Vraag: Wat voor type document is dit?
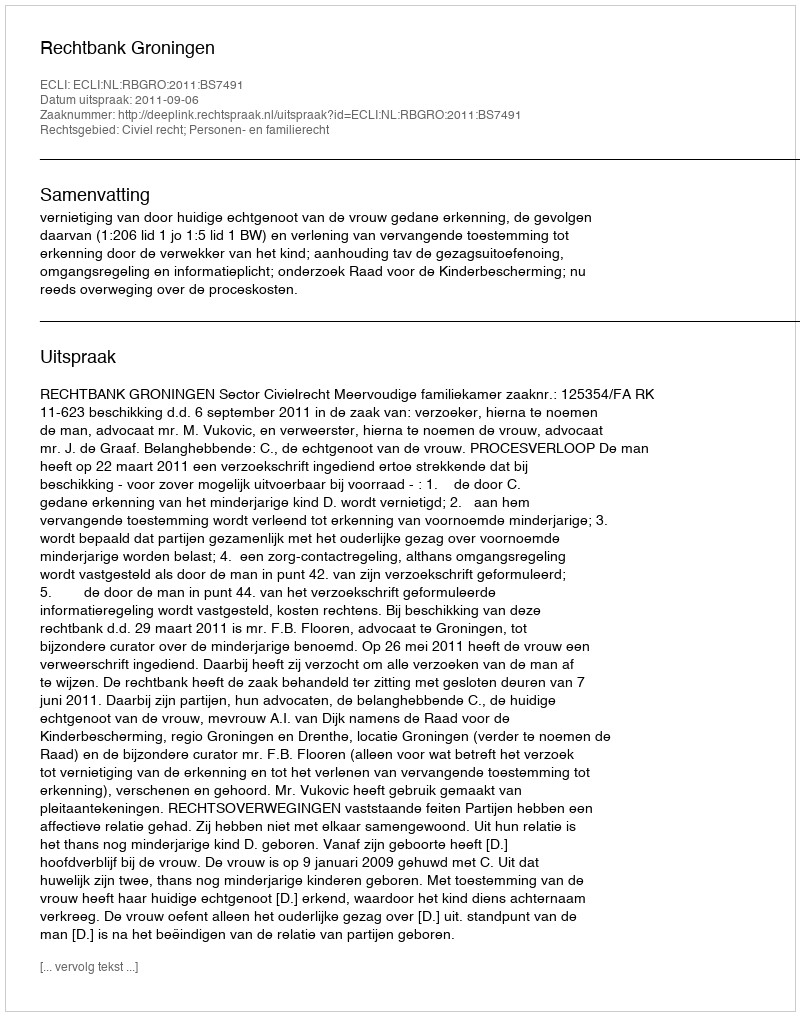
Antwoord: Uitspraak